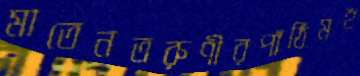
মাতেনতরুণীরপাঁঠিমহ